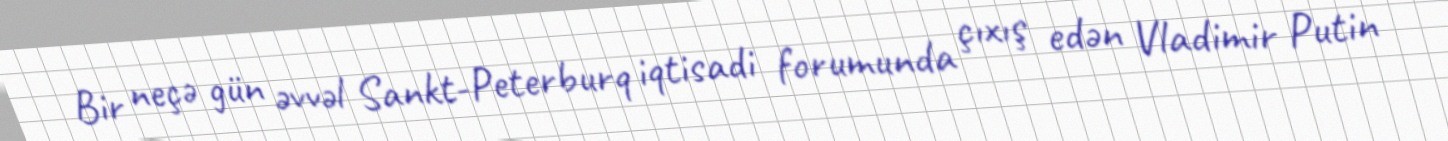
Bir neçə gün əvvəl Sankt-Peterburq iqtisadi forumunda çıxış edən Vladimir Putin